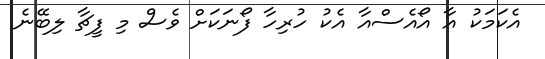
އެކަމަކު އާ އޯއެސްއާ އެކު ހުރިހާ ފޯނަކަށް ވެސް މި ފީޗާ ލިބޭނެ